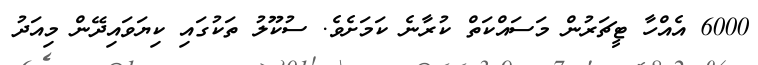
6000 އެއްހާ ޓީޗަރުން މަސައްކަތް ކުރާނެ ކަމަށެވެ. ސުކޫލު ތަކުގައި ކިޔަވައިދޭން މިއަދު